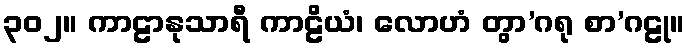
၃၀၂။ ကာဠာနုသာရီ ကာဠိယံ၊ လောဟံ တွာ’ဂရု စာ’ဂဠု။